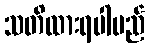
သတိထားရပါမည်